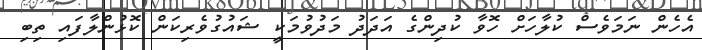
އެހެން ނަމަވެސް ކުލާހަށް ހޮވާ ކުދިންގެ އަދަދު މަދުވުމަކީ ޝައުގުވެރިކަން ކޮޅުންލާފައި ތިބި